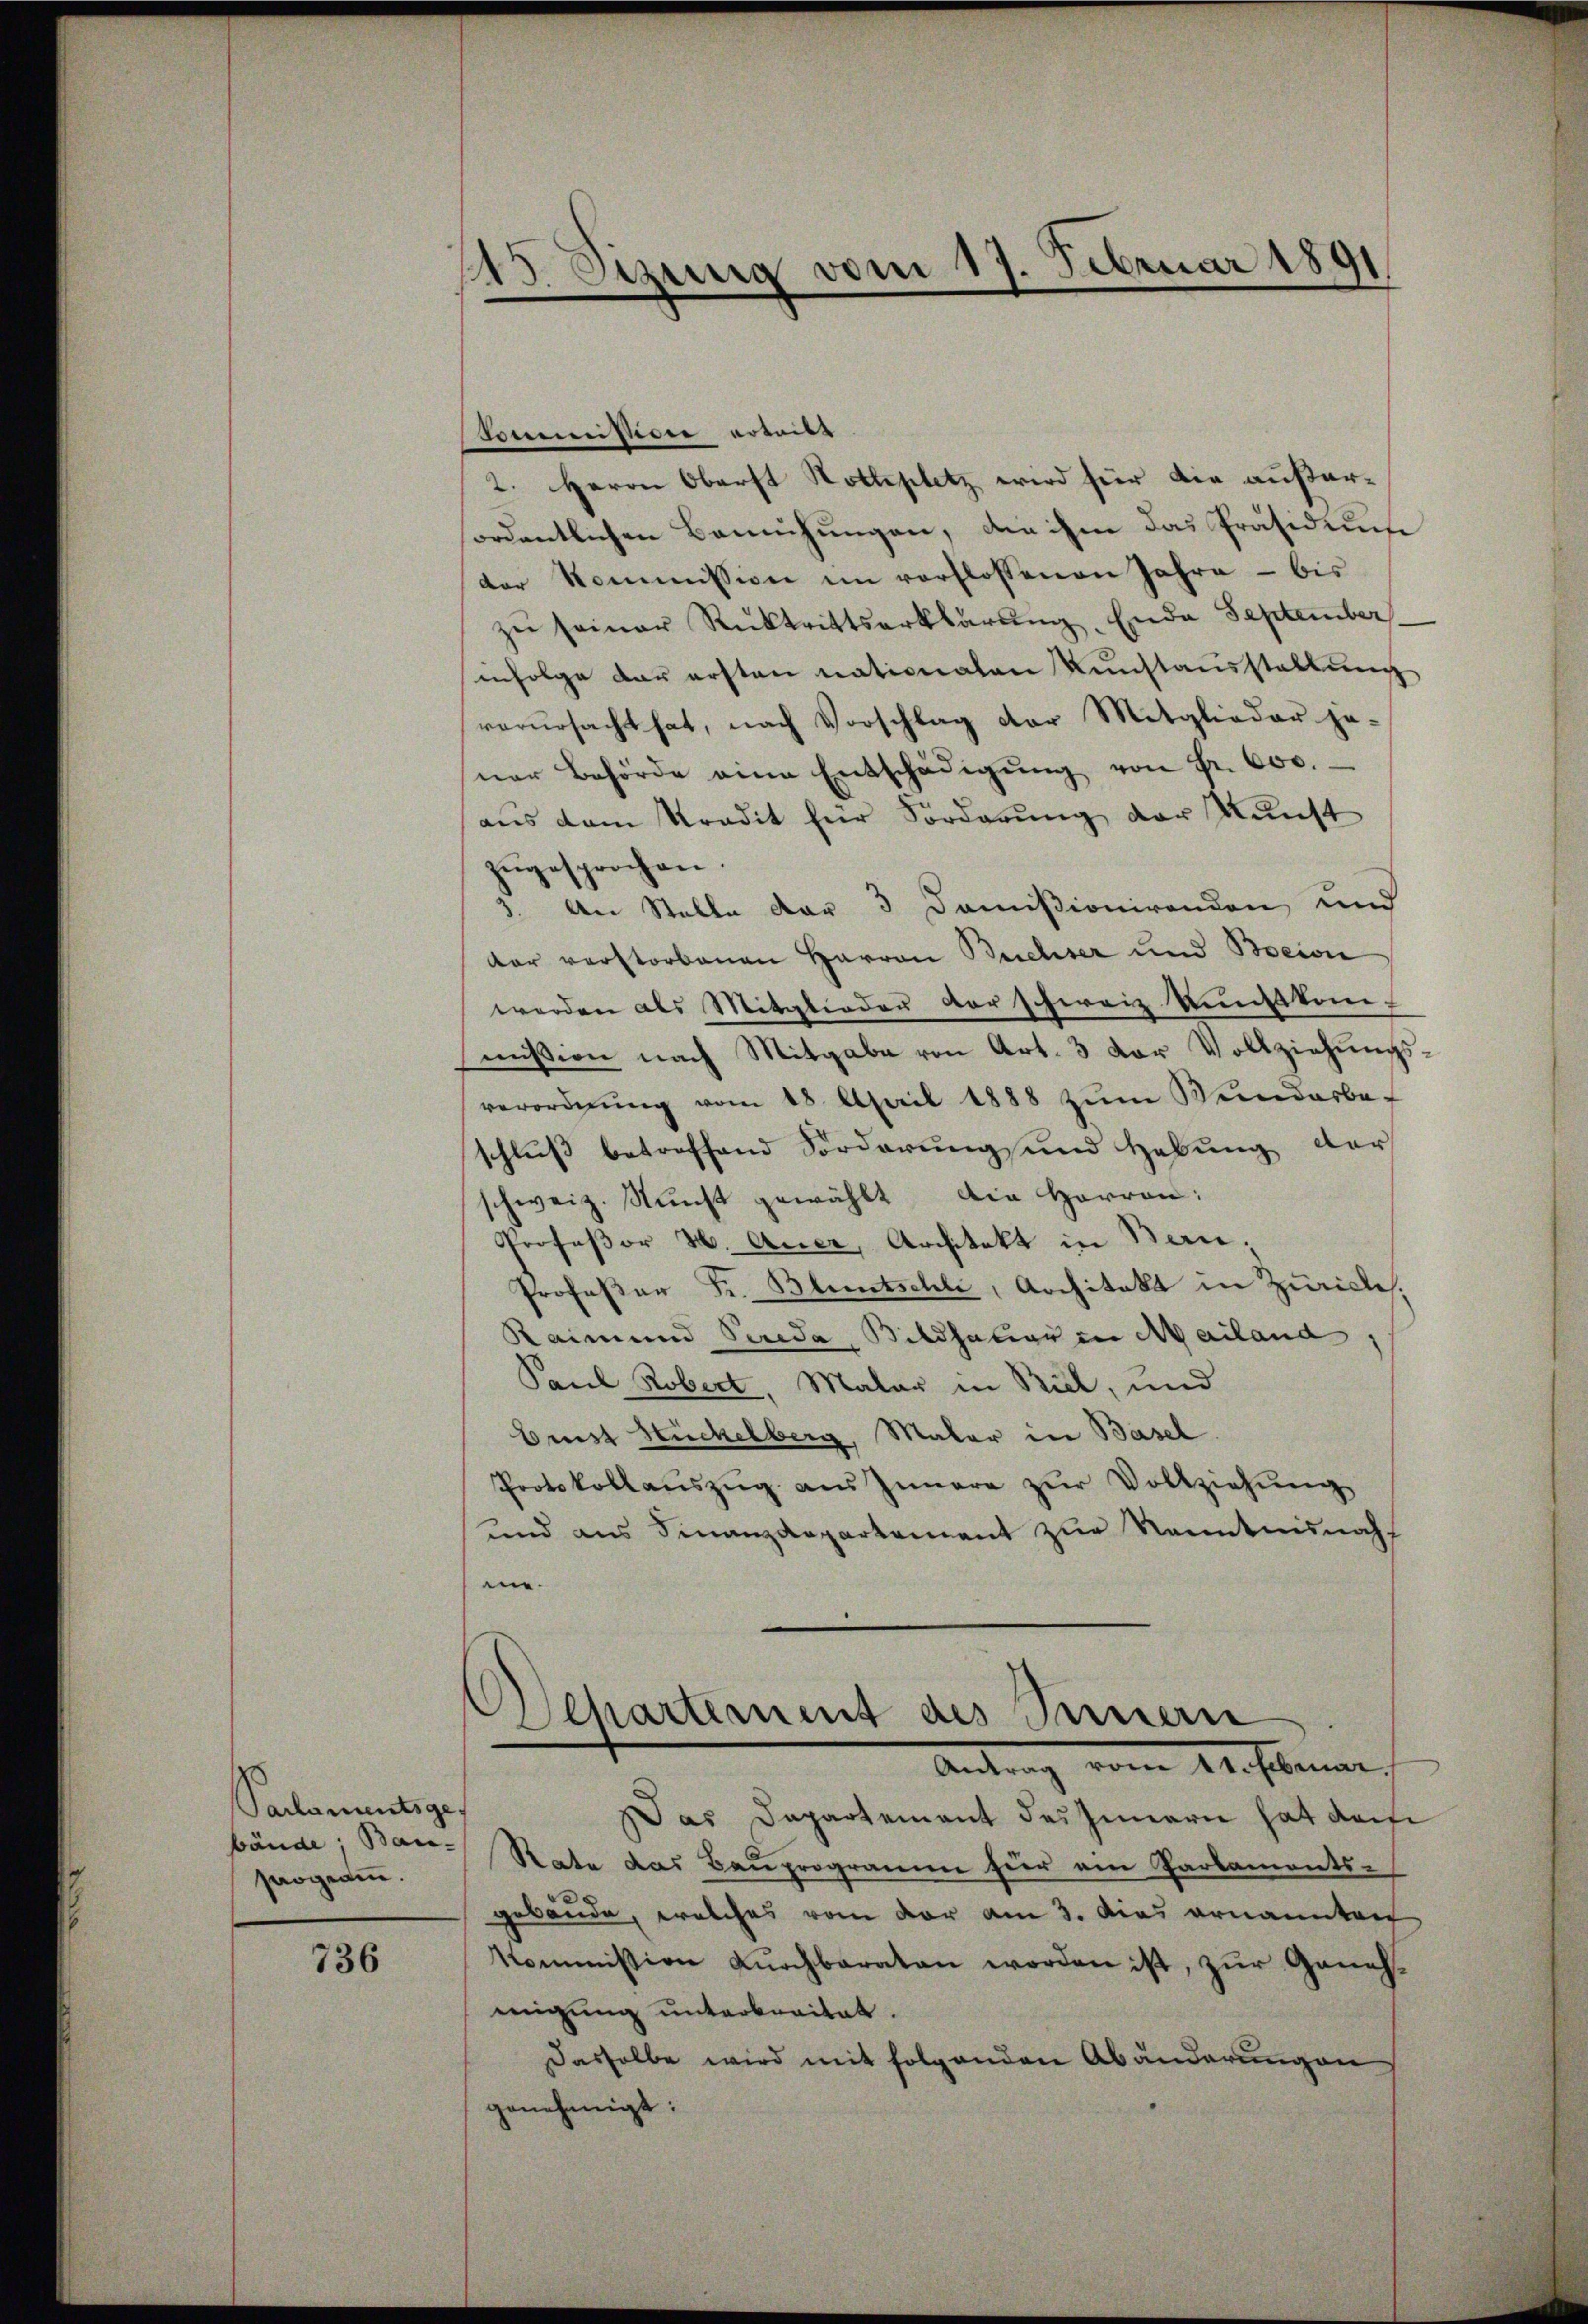
Parlamentsges
bände; Bau-
saogramm.

736

145. Sizung vom 17. Februar 1891

Commissidee ertritt
2. Herrn Oberst Hottiplatz wird für die außerfordentlichen Bemühungen, die ihm das Präsidense
der Kommission im verflossenen Jahre - bis
zŭ seiner Rücktrittserklärŭng, Ende September
infolge der ersten nationalen Kunstausstellung
verŭrsacht hat, nach Vorschlag der Mitglieder je-
ner Behörde eine Entschädigŭng von Fr. 600.
aus dem Tradit für Forderung der Kunst
zŭgesprochen.
3. An Stelle der 3 Domißionirenden und
dar verstorbenen Harron Buchser und Bocion
werden als Mitglieder der schweiz. Kuntsko
mission nach Mitgabe von Art. 3 der Vollziehŭngs-
verordnŭng vom 18. April 1888 zŭm Venederbe-
schluß betreffend Forderung und Hebung der
schweiz. Nŭnst gewählt die Herren:
Professor H. Auer, Architekt in Ban;
Profeßor Fr. Bluntschle, Architekt in Zürich.
Raimund Serida, Bildhauer in Mailand
Paul Robert, Maler in Biel, und
Brust Huckelberg, Maler in Basel
Protokollaŭszŭg aŭs Innere zŭr Vollziehŭng
und aus Finanzdepartement zur Kenntnisnah
ein.

Departement des Seinern
Antrag vom 24. Februar,
Das Departement des Innern hat das

Rate das Bauprogramm für ein Parlaments-
gebäude, welches vom der am 3. dies ernannten
kommission durchbaraten worden ist, zur Genehmigung unterbreitet.
Dasselbe wird mit folgenden Abänderungen
genehmigt: